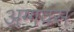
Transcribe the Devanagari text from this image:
अग्गवंस